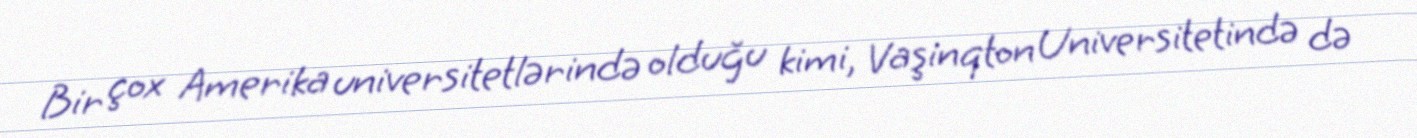
Bir çox Amerika universitetlərində olduğu kimi, Vaşinqton Universitetində də